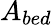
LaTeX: A_{bed}